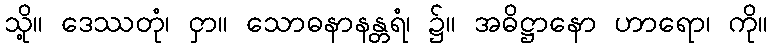
သို့။ ဒေဿတုံ၊ ငှာ။ သောဓနာနန္တရံ၊ ၌။ အဓိဋ္ဌာနော ဟာရော၊ ကို။